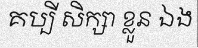
គប្បី សិក្សា ខ្លួន ឯង